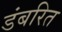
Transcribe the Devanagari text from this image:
डंबरित